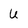
Character: U